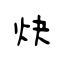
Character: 炔